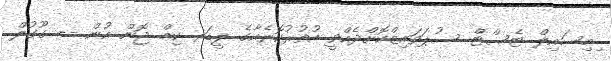
ިމިސައިލް ޓެސްޓް ސުޕަވައިޒްކޮށްދެއްވީ އުތުރުކޮރެއާގެ ލީޑަރ ކިމް ޖޮން އުން -- ގޫގުލް